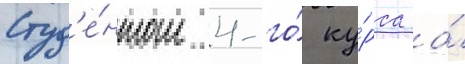
Студ'е́нтом 4-го́ ку́рса а́